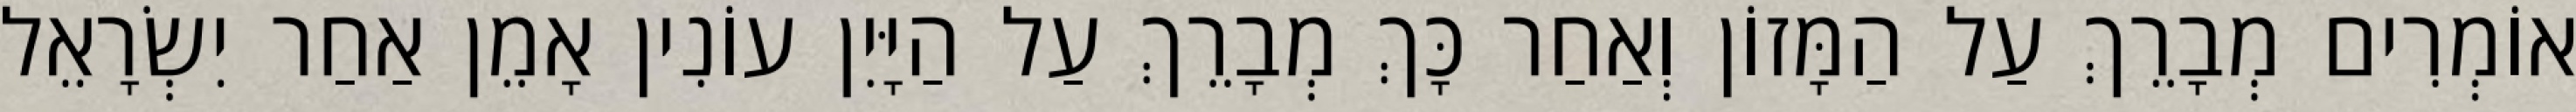
אוֹמְרִים מְבָרֵךְ עַל הַמָּזוֹן וְאַחַר כָּךְ מְבָרֵךְ עַל הַיָּיִן עוֹנִין אָמֵן אַחַר יִשְׂרָאֵל